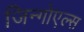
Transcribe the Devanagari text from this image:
जिन्गोएल्स